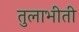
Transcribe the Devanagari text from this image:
तुलाभीती